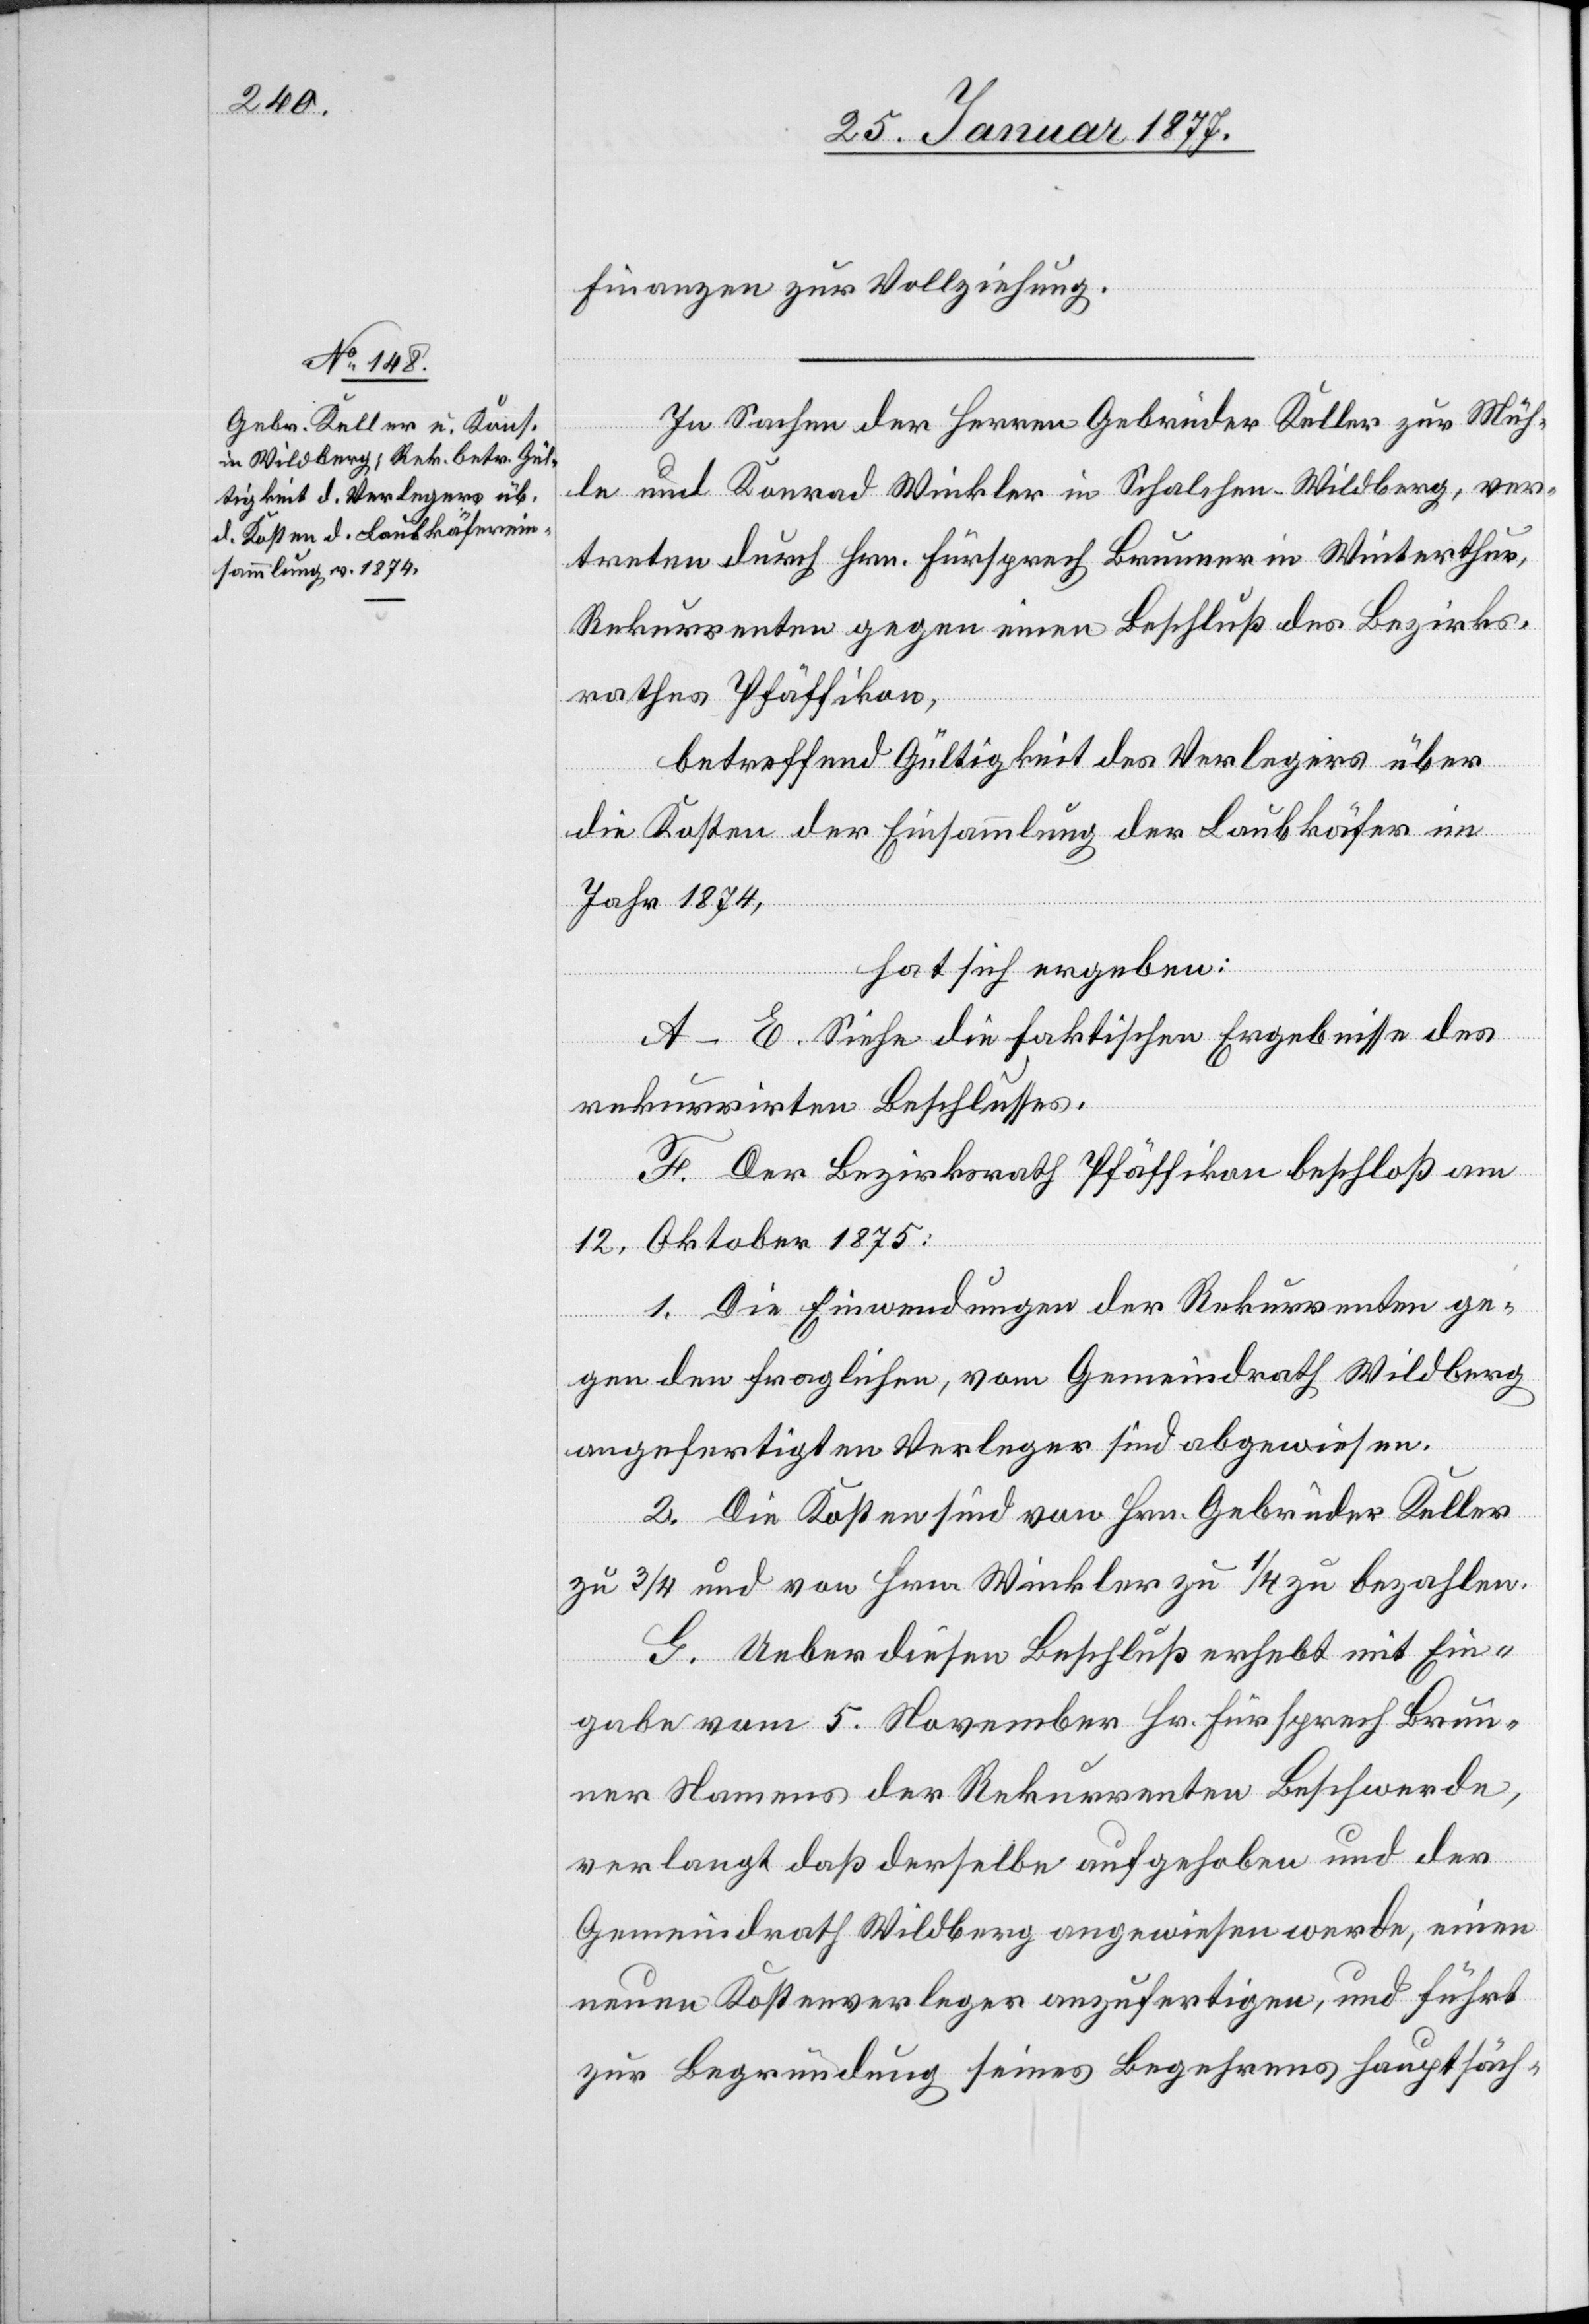
Finanzen zur Vollziehung.
In Sachen der Herren Gebrüder Keller zur Müh¬
le und Konrad Winkler in Schalchen - Wildberg, ver¬
treten durch Hrn. Fürsprech Brunner in Winterthur,
Rekurrenten gegen einen Beschluß des Bezirks¬
rathes Pfäffikon,
betreffend Gültigkeit des Verlegers über
die Kosten der Einsammlung der Laubkäfer im
Jahr 1874,
hat sich ergeben:
A–E. Siehe die faktischen Ergebnisse des
rekurrirten Beschlusses.
F. Der Bezirksrath Pfäffikon beschloß am
12. Oktober 1875:
1. Die Einwendungen der Rekurrenten ge¬
gen den fraglichen, vom Gemeindrath Wildberg
angefertigten Verleger sind abgewiesen.
2. Die Kosten sind von Hrn. Gebrüder Keller
zu 3/4 und von Hrn. Winkler zu 1/4 zu bezahlen.
G. Ueber diesen Beschluß erhebt mit Ein¬
gabe vom 5. November Hr. Fürsprech Brun¬
ner Namens der Rekurrenten Beschwerde,
verlangt daß derselbe aufgehoben und der
Gemeindrath Wildberg angewiesen werde, einen
neuen Kostenverleger anzufertigen, und führt
zur Begründung seines Begehrens hauptsäch-